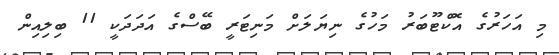
މި އަހަރުގެ އޮކްޓޫބަރު މަހުގެ ނިޔަލަށް މަނިޓަރީ ބޭސްގެ އަދަދަކީ 11 ބިލިއިން